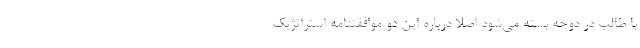
با طالب در دوحه بسته مي‌شود اصلا درباره اين دو موافقتنامه استراتژيك